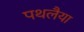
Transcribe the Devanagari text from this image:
पथलैया